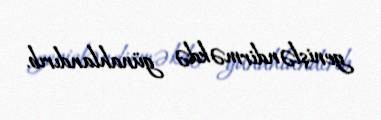
genişləndirməkdə günahlandırıb.